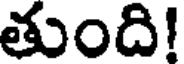
తుంది!